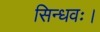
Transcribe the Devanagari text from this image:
सिन्धवः।